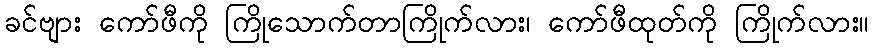
ခင်ဗျား ကော်ဖီကို ကြိုသောက်တာကြိုက်လား၊ ကော်ဖီထုတ်ကို ကြိုက်လား။